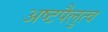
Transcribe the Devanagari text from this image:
अष्टपैलुत्व